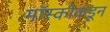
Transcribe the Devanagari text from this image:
मॉस्कोकडून